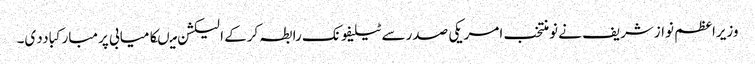
وزیراعظم نوازشریف نے نومنتخب امریکی صدرسے ٹیلیفونک رابطہ کرکے الیکشن میںکامیابی پرمبارکباددی۔